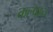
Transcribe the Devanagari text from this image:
कल्पान